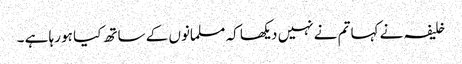
خلیفہ نے کہا تم نے نہیں دیکھا کہ مسلمانوں کے ساتھ کیا ہو رہا ہے ۔